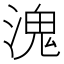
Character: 溾